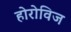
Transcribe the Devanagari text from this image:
होरोविज